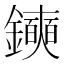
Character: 𫓛